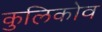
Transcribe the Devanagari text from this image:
कुलिकोव